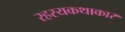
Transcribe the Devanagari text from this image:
रहस्यकथाकार